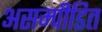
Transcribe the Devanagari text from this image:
असम्पीडित